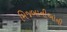
મિજબાનીઓની